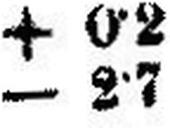
— 2•7